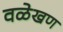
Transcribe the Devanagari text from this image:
वळेखण